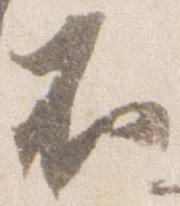
不